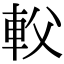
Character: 𨊽